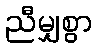
ညီမျှစွာ